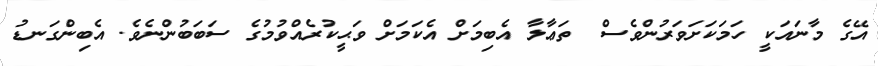
އޭގެ މާނައަކީ ހަމަކަށަވަރުންވެސް  ތަޢާލާ އެބިމަށް އެކަމަށް ވަޙީކުރެއްވުމުގެ ސަބަބުންނެވެ. އެބިންގަނޑު